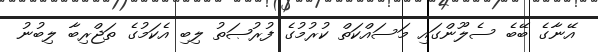
އޭނާގެ ބޭބެ ސެލޫންގައި މަސައްކަތް ކުރުމުގެ ފުރުޞަތު ލިބި އެކަމުގެ ތަޖްރިބާ ލިބުނު